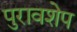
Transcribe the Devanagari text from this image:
पुरावशेप